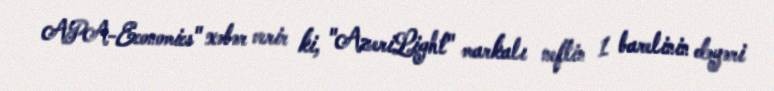
APA-Economics" xəbər verir ki, "AzeriLight" markalı neftin 1 barelinin dəyəri